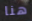
هنا